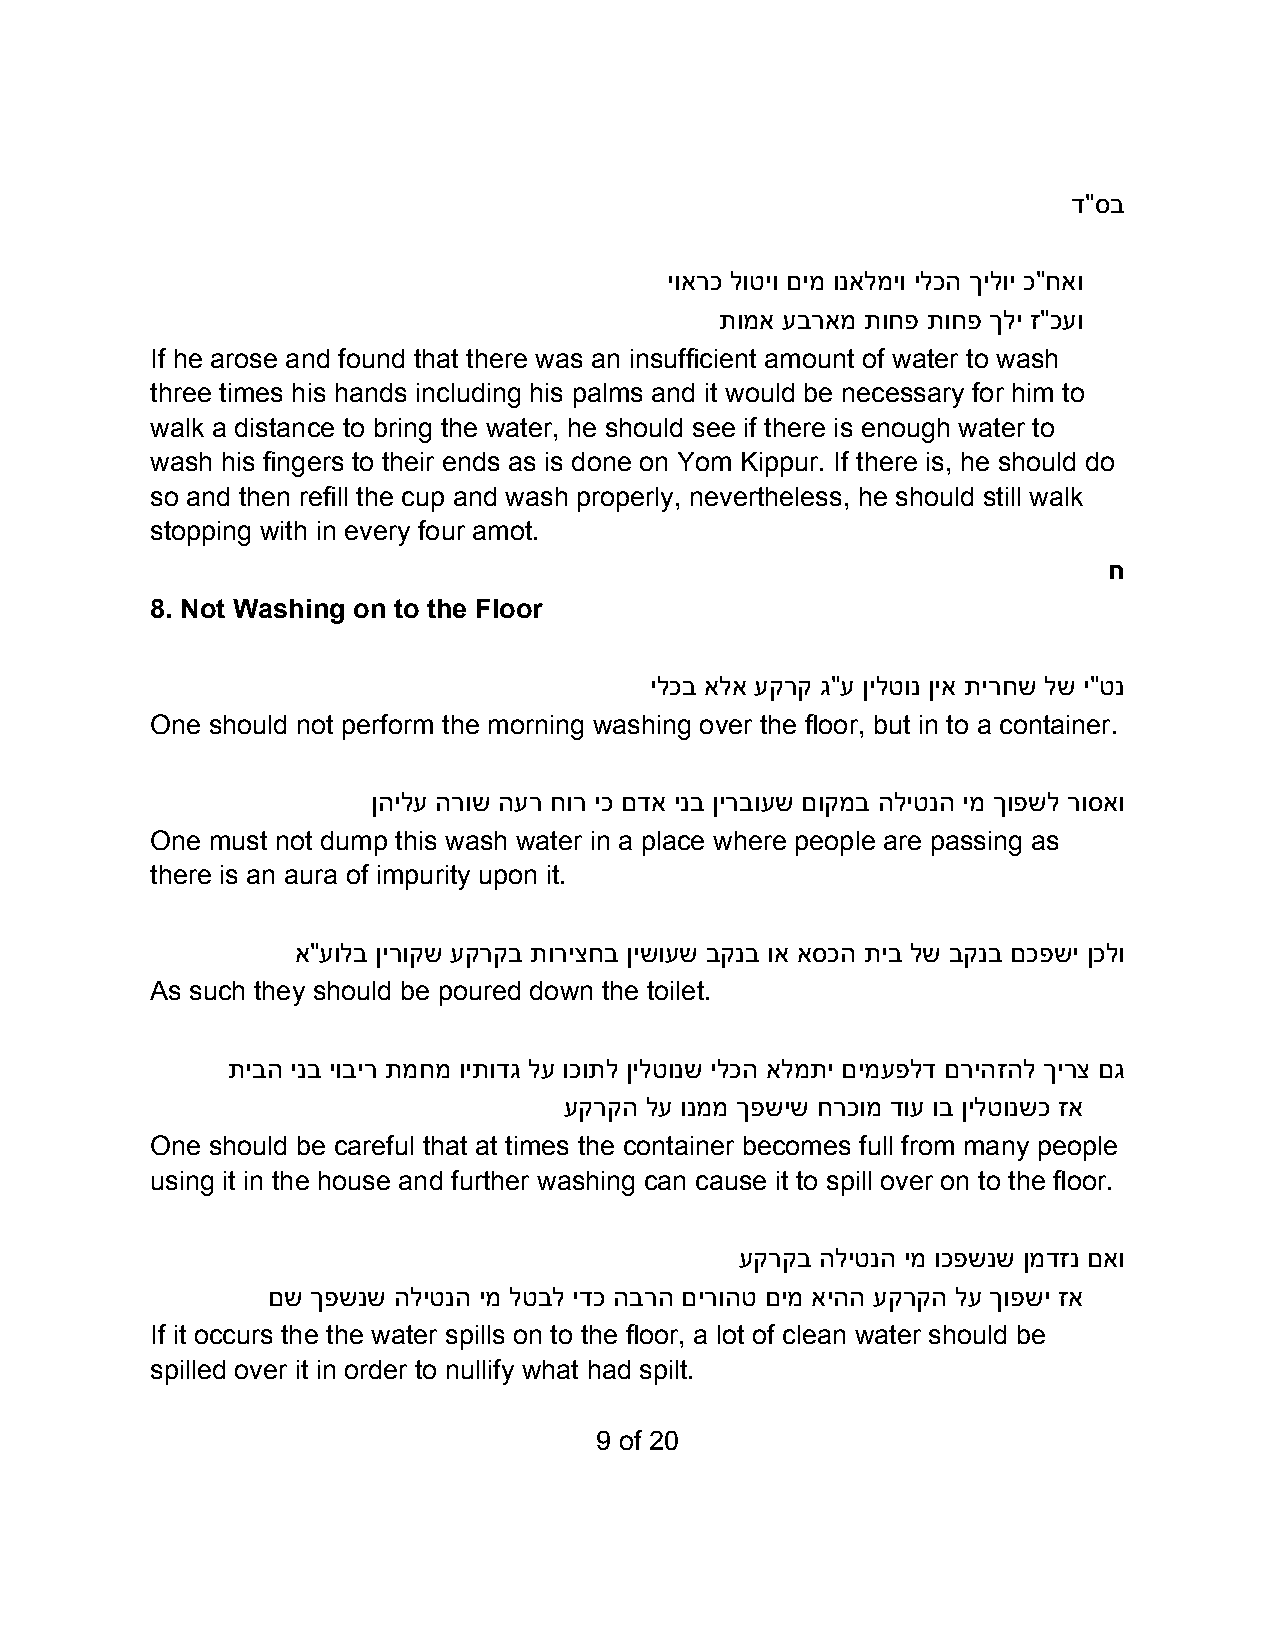
ד"סב
 יוארכ לוטיו םימ ונאלמיו ילכה ךילוי כ"חאו
 תומא עבראמ תוחפ תוחפ ךלי ז"כעו
 If he arose and found that there was an insufficient amount of water to wash
 three times his hands including his palms and it would be necessary for him to
 walk a distance to bring the water, he should see if there is enough water to
 wash his fingers to their ends as is done on Yom Kippur. If there is, he should do
 so and then refill the cup and wash properly, nevertheless, he should still walk
 stopping with in every four amot.
 ח
 8. Not Washing on to the Floor
 ילכב אלא עקרק ג"ע ןילטונ ןיא תירחש לש י"טנ
 One should not perform the morning washing over the floor, but in to a container.
 ןהילע הרוש הער חור יכ םדא ינב ןירבועש םוקמב הליטנה ימ ךופשל רוסאו
 One must not dump this wash water in a place where people are passing as
 there is an aura of impurity upon it.
 א"עולב ןירוקש עקרקב תוריצחב ןישועש בקנב וא אסכה תיב לש בקנב םכפשי ןכלו
 As such they should be poured down the toilet.
 תיבה ינב יוביר תמחמ ויתודג לע וכותל ןילטונש ילכה אלמתי םימעפלד םריהזהל ךירצ םג
 עקרקה לע ונממ ךפשיש חרכומ דוע וב ןילטונשכ זא
 One should be careful that at times the container becomes full from many people
 using it in the house and further washing can cause it to spill over on to the floor.
 עקרקב הליטנה ימ וכפשנש ןמדזנ םאו
 םש ךפשנש הליטנה ימ לטבל ידכ הברה םירוהט םימ איהה עקרקה לע ךופשי זא
 If it occurs the the water spills on to the floor, a lot of clean water should be
 spilled over it in order to nullify what had spilt.
 9 of 20